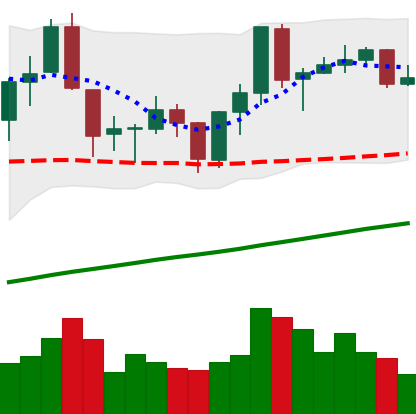
Ticker: ADA-USD
Chart end date: 2019-06-19
Forward return: 8.602%
Label: up_7plus